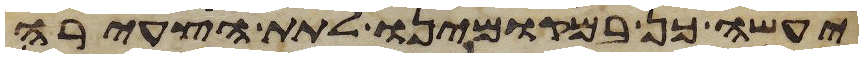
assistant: יעשה כן במקומינו לתת הצעירה